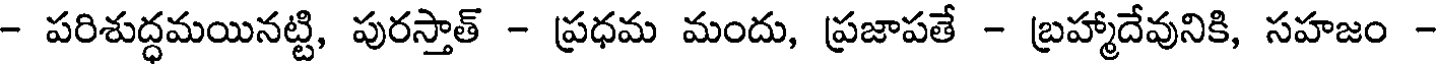
- పరిశుద్ధమయినట్టి, పురస్తాత్ - ప్రధమ మందు, ప్రజాపతే - బ్రహ్మాదేవునికి, సహజం -